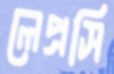
লেপ্রসি